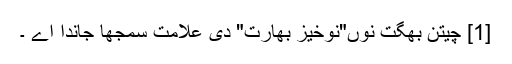
[1] چیتن بھگت نوں"نوخیز بھارت" دی علامت سمجھا جاندا اے ۔